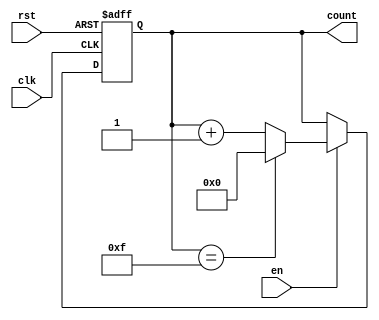
module memory_blocks_up_counter #(
    parameter WIDTH = 4                     // Define the width of the counter (4 bits)
) (
    input wire clk,                         // Clock input
    input wire rst,                         // Reset input (active high)
    input wire en,                          // Enable input
    output reg [WIDTH-1:0] count           // Counter output
);

    // Define the maximum count value based on the width
    localparam MAX_COUNT = (1 << WIDTH) - 1; // 2^WIDTH - 1

    // Always block triggered on the rising edge of the clock
    always @(posedge clk or posedge rst) begin
        if (rst) begin
            // Asynchronous reset
            count <= 0;
        end else if (en) begin
            // Increment the counter when enabled
            if (count == MAX_COUNT) begin
                count <= 0; // Wrap around to zero
            end else begin
                count <= count + 1; // Increment the counter
            end
        end
        // If not enabled, retain current count value (no action needed)
    end

endmodule